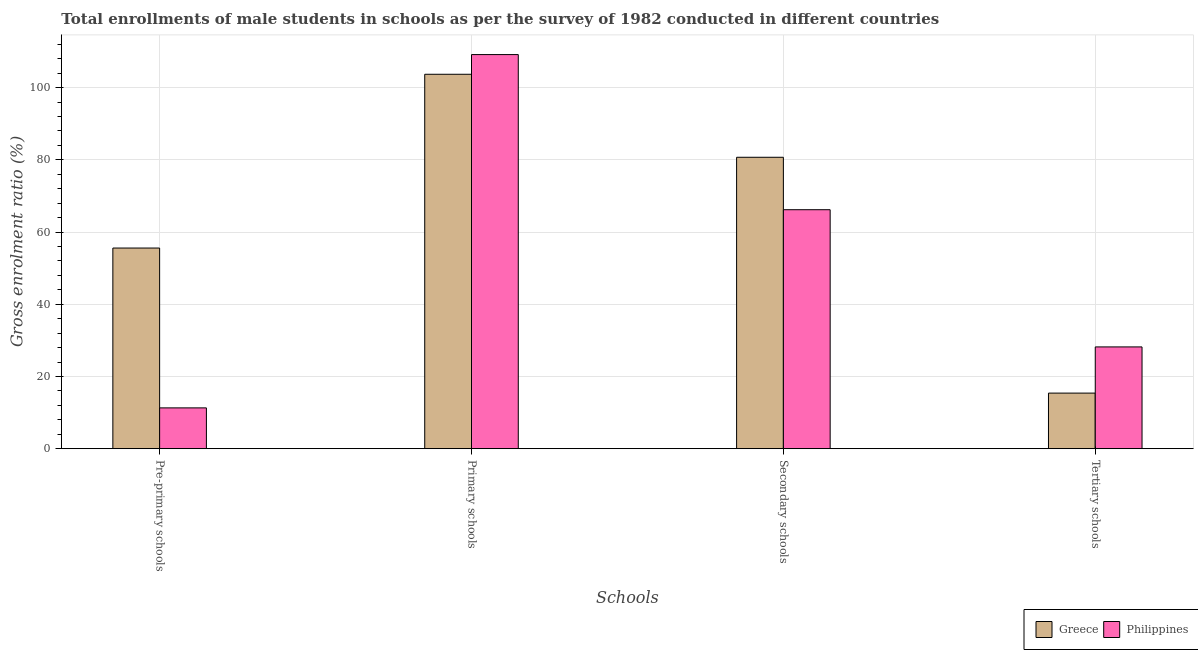
| Schools | Greece | Philippines |
 | --- | --- | --- |
 | Pre-primary schools | 55.6 | 11.3 |
 | Primary schools | 104 | 109 |
 | Secondary schools | 80.7 | 66.2 |
 | Tertiary schools | 15.4 | 28.2 |